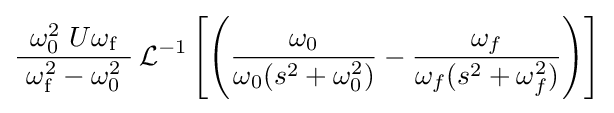
{\frac {\ \omega _{0}^{2}\ U\omega _{\mathrm {f} }\ }{\ \omega _{\mathrm {f} }^{2}-\omega _{0}^{2}\ }}\operatorname {\mathcal {L}} ^{-1}\left[\left({\frac {\omega _{0}}{\omega _{0}(s^{2}+\omega _{0}^{2})}}-{\frac {\omega _{f}}{\omega _{f}(s^{2}+\omega _{f}^{2})}}\right)\right]